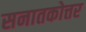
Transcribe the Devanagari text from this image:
सनातकोत्तर